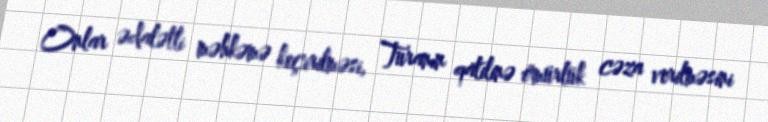
Onlar ədalətli məhkəmə keçirilməsi, Turanın qatilinə ömürlük cəza verilməsini